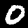
Label: 0